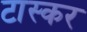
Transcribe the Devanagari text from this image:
टास्कर